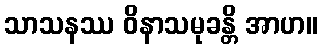
သာသနဿ ဝိနာသမုခန္တိ အာဟ။